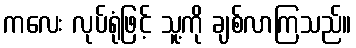
ကလေး လုပ်ရုံဖြင့် သူ့ကို ချစ်လာကြသည်။